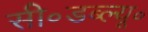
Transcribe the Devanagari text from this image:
सी॰डब्ल्यू॰